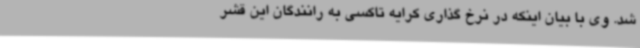
شد. وی با بیان اینکه در نرخ گذاری کرایه تاکسی به رانندگان این قشر